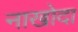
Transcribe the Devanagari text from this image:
नाखोदा